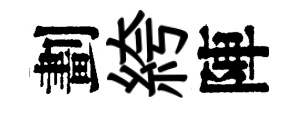
劃絝陣